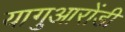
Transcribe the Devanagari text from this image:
यागुआरोंडी